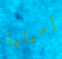
إميليا